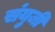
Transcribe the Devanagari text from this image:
संयुजी